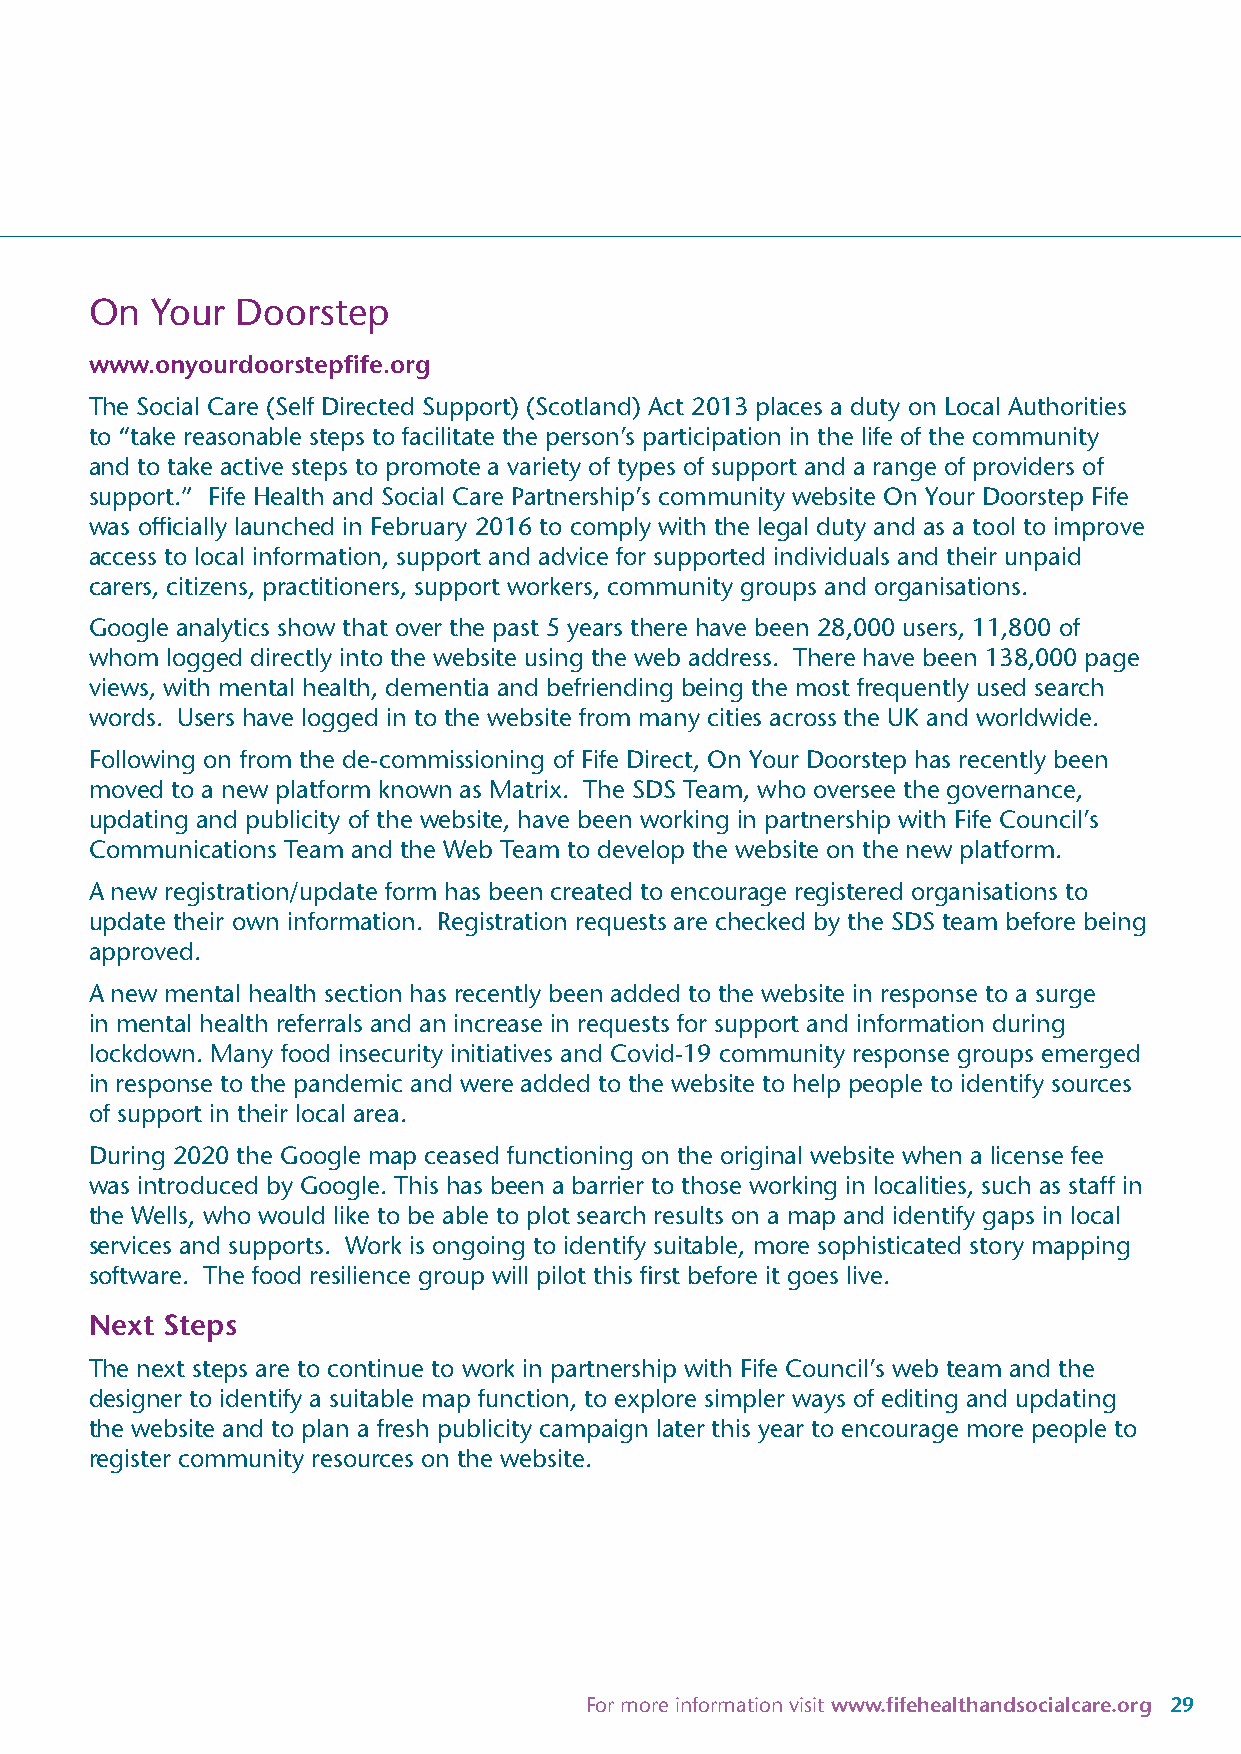
On  Your  Doorstep
 www.onyourdoorstepfife.org
 The Social Care (Self Directed Support) (Scotland) Act 2013 places a duty on Local Authorities
 to “take reasonable steps to facilitate the person’s participation in the life of the community
 and to take active steps to promote a variety of types of support and a range of providers of
 support.” Fife Health and Social Care Partnership’s community website On Your Doorstep Fife
 was officially launched in February 2016 to comply with the legal duty and as a tool to improve
 access to local information, support and advice for supported individuals and their unpaid
 carers, citizens, practitioners, support workers, community groups and organisations.
 Google analytics show that over the past 5 years there have been 28,000 users, 11,800 of
 whom logged directly into the website using the web address. There have been 138,000 page
 views, with mental health, dementia and befriending being the most frequently used search
 words. Users have logged in to the website from many cities across the UK and worldwide.
 Following on from the de-commissioning of Fife Direct, On Your Doorstep has recently been
 moved to a new platform known as Matrix. The SDS Team, who oversee the governance,
 updating and publicity of the website, have been working in partnership with Fife Council’s
 Communications Team and the Web Team to develop the website on the new platform.
 A new registration/update form has been created to encourage registered organisations to
 update their own information. Registration requests are checked by the SDS team before being
 approved.
 A new mental health section has recently been added to the website in response to a surge
 in mental health referrals and an increase in requests for support and information during
 lockdown. Many food insecurity initiatives and Covid-19 community response groups emerged
 in response to the pandemic and were added to the website to help people to identify sources
 of support in their local area.
 During 2020 the Google map ceased functioning on the original website when a license fee
 was introduced by Google. This has been a barrier to those working in localities, such as staff in
 the Wells, who would like to be able to plot search results on a map and identify gaps in local
 services and supports. Work is ongoing to identify suitable, more sophisticated story mapping
 software. The food resilience group will pilot this first before it goes live.
 Next Steps
 The next steps are to continue to work in partnership with Fife Council’s web team and the
 designer to identify a suitable map function, to explore simpler ways of editing and updating
 the website and to plan a fresh publicity campaign later this year to encourage more people to
 register community resources on the website.
 For more information visit www.fifehealthandsocialcare.org 29